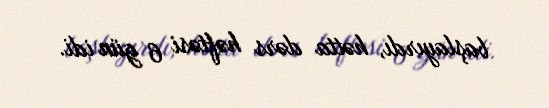
başlayırdı, hətta dərs həftəsi 6 gün idi.